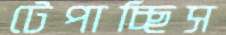
টেপাচ্ছিস